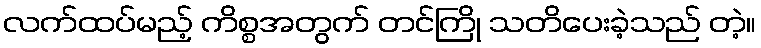
လက်ထပ်မည့် ကိစ္စအတွက် တင်ကြို သတိပေးခဲ့သည် တဲ့။